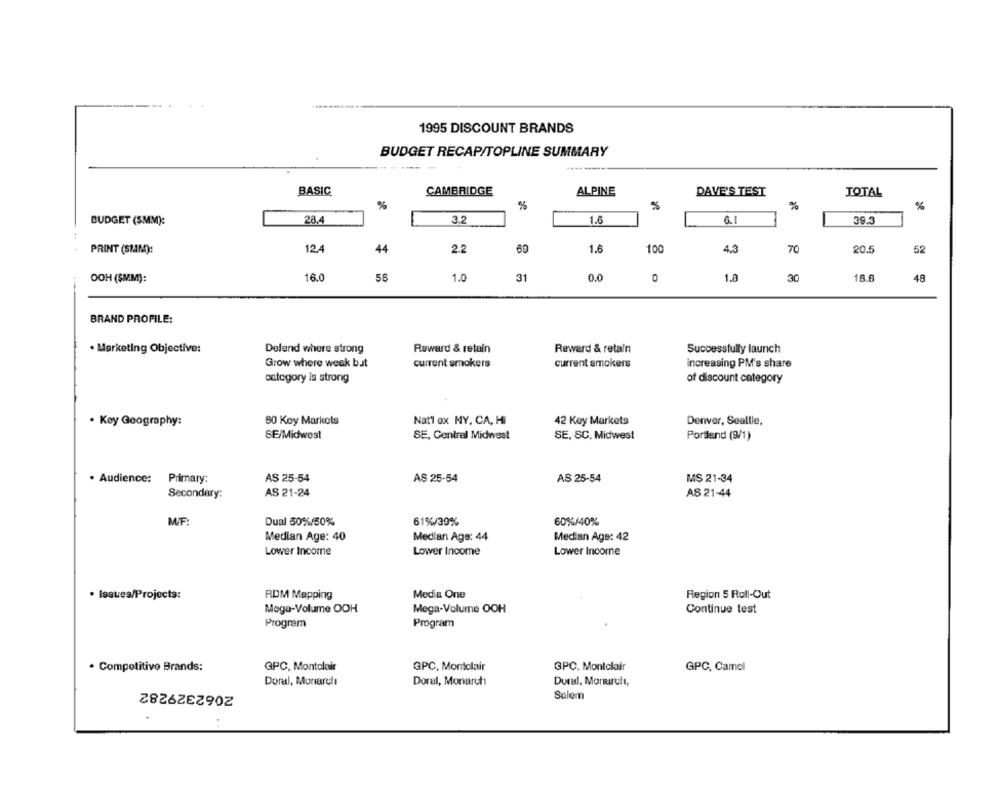
1995 DISCOUNT BRANDS
BUDGET RECAP/TOPLINE SUMMARY
BASIC
ALPINE
CAMBRIDGE
DAVE'S TEST
TOTAL
%
%
%
%
%
BUDGET (SMM):
28.4
3.2
1.6
6.1
39.3
PRINT (SIM):
124
44
2.2
69
1.6
100
4.3
70
20.5
52
16.0
56
1.0
31
0.0
1.8
18.8
48
OOH ($MM):
0
30
BRAND PROFILE:
Defend where strong
Reward & retain
Reward & retain
Successfully launch
. Marketing Objective:
Grow where weak but
current smokers
current smokers
increasing PM's share
category is strong
of discount category
. Key Geography:
60 Key Markets
Nat1 ex NY, CA, HI
42 Koy Markets
Denver, Seallie,
SE/Midwest
SE, Central Midwest
SE, SC, Midwest
Portland (9/1)
. Audience: Primary:
AS 25-54
AS 25-54
AS 25-54
MS 21-34
Secondary:
AS 21-24
AS 21-44
M/F:
Dual 50%/50%
61%/39%
60%/40%
Median Age: 40
Median Age: 44
Median Age: 42
Lower Income
Lower Income
Lower Income
Media One
· Issues/Projects:
RDM Mapping
Region 5 Roll-Out
Mega-Volume ODH
Mega-Volume OOH
Continue test
Program
Program
. Competitive Brands:
GPC, Montclair
GPC, Montclair
GPC. Montclair
GPC, Camel
Dural, Monurutt,
2062329282
Doral, Muriarchı
Doral, Monarch
Salem